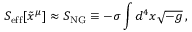
S _ { \mathrm { e f f } } [ \tilde { x } ^ { \mu } ] \approx S _ { \mathrm { N G } } \equiv - \sigma \int d ^ { 4 } x \sqrt { - g } \, ,